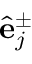
\hat { \mathbf { e } } _ { j } ^ { \pm }